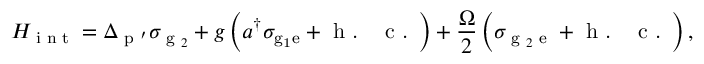
H _ { \textrm { i n t } } = \Delta _ { \textrm { p } \mathrm { { ' } } } \sigma _ { \textrm { g } _ { 2 } } + g \left( a ^ { \dagger } \sigma _ { \mathrm { { g } _ { 1 } \mathrm { { e } } } } + \textrm { h . ~ c . } \right) + \frac { \Omega } { 2 } \left( \sigma _ { \textrm { g } _ { 2 } \textrm { e } } + \textrm { h . ~ c . } \right) ,